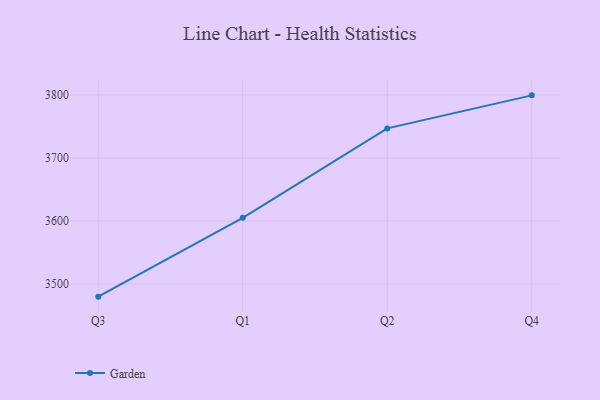
{"axis": {"x": "Quarter", "y": "Backlog"}, "legend": ["Garden"], "data": [{"x": "Q3", "y": 3480.1, "type": "Garden"}, {"x": "Q1", "y": 3605.1, "type": "Garden"}, {"x": "Q2", "y": 3746.9, "type": "Garden"}, {"x": "Q4", "y": 3799.3, "type": "Garden"}]}